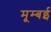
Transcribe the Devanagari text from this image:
मूम्बई